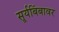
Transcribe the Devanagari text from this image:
सूर्यबिंबावर